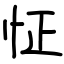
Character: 怔